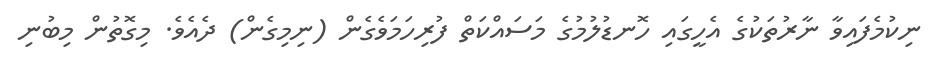
ނިކުމެފައިވާ ނާރުތަކުގެ އެހީގައި ހޮނޑުލުމުގެ މަސައްކަތް ފުރިހަމަވެގެން (ނިމިގެން) ދެއެވެ. މިގޮތުން މިބުނި